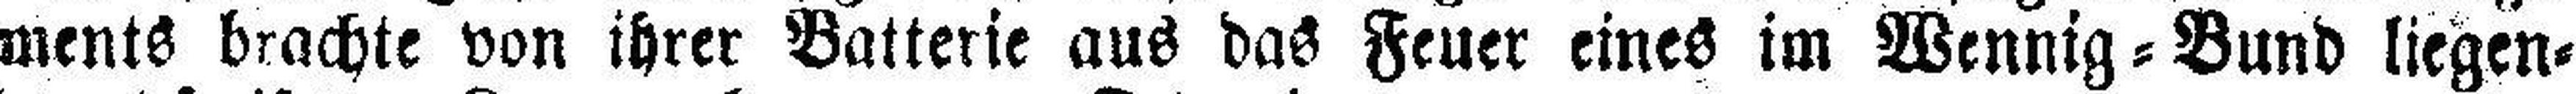
ments brachte von ihrer Batterie aus das Feuer eines im Wennig=Bund liegen¬